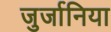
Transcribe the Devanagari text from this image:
जुर्जानिया